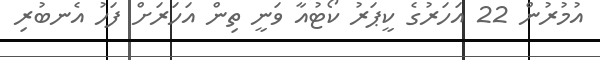
އުމުރުން 22 އަހަރުގެ ކީޕަރު ކޯޓުއާ ވަނީ ތިން އަހަރަށް ފަހު އެނބުރި